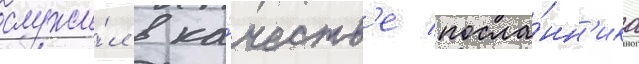
служи́л в ка́честв'е посла́нн'ика